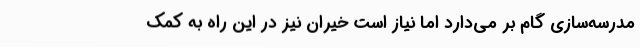
مدرسه‌سازی گام بر می‌دارد اما نیاز است خیران نیز در این راه به کمک